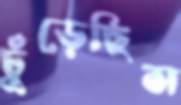
ঢুঁড়েছিস